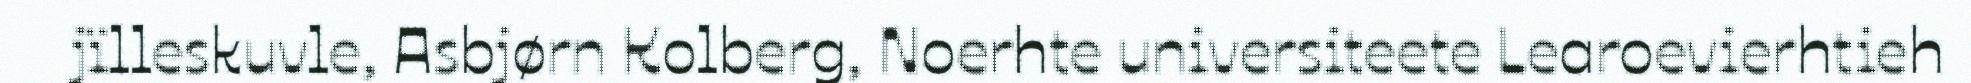
jïlleskuvle, Asbjørn Kolberg, Noerhte universiteete Learoevierhtieh